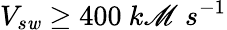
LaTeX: V_{s\mathit{w}}\geq400~k\mathscr{M}~s^{-1}